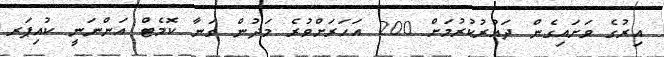
އިރުގެ ވަށައިގެން ދައުރުކުރުމަށް 200 އަހަރަށްވުރެ މަދުން ގަނާ ކޮމެޓް އަންނަނީ ކުއިޕަރ